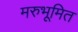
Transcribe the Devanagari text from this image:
मरुभूमित